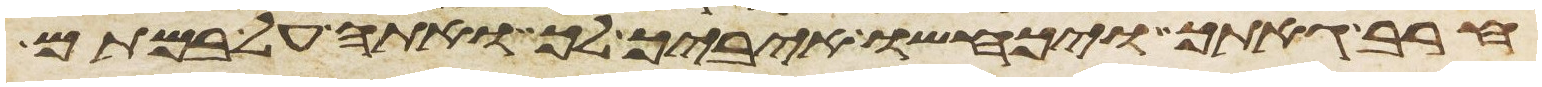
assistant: חרב גאתך ויכחשו איביך לך ואתה על במתם